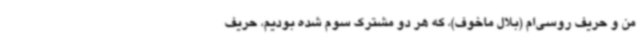
من و حریف روسی‌ام (بلال ماخوف)، که هر دو مشترک سوم شده بودیم، حریف